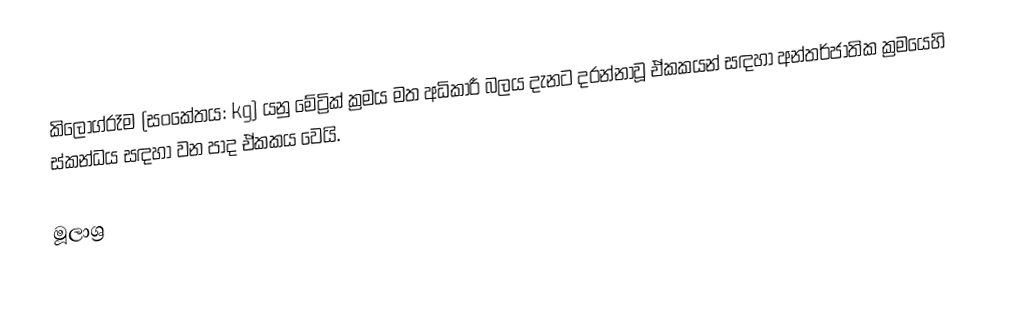
කිලෝග්රෑම (සංකේතය: kg) යනු  මේට්‍රික් ක්‍රමය මත අධිකාරී බලය දැනට දරන්නාවූ  ඒකකයන් සඳහා අන්තර්ජාතික ක්‍රමයෙහි   ස්කන්ධය  සඳහා වන  පාද ඒකකය වෙයි.

මූලාශ්‍ර